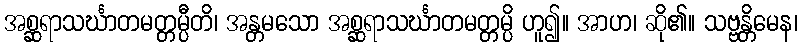
အစ္ဆရာသင်္ဃာတမတ္တမ္ပီတိ၊ အန္တမသော အစ္ဆရာသင်္ဃာတမတ္တမ္ပိ ဟူ၍။ အာဟ၊ ဆို၏။ သဗ္ဗန္တိမေန၊